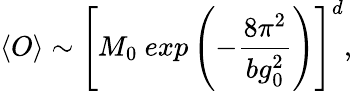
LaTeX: \langle O\rangle\sim\left[M_{0}\ exp\left(-{\frac{8\pi^{2}}{bg_{0}^{2}}}\right)\right]^{d},